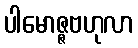
ပါမောဇ္ဇဗဟုလာ